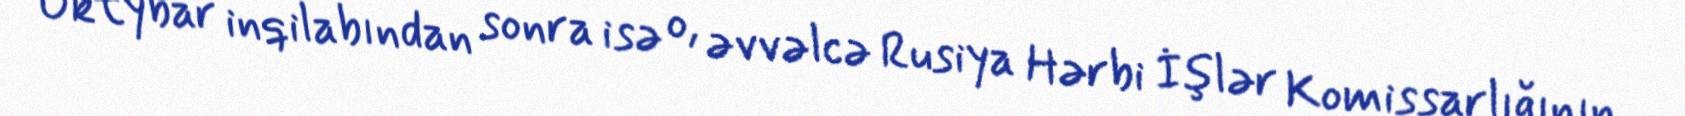
Oktybar inqilabından sonra isə o, əvvəlcə Rusiya Hərbi İşlər Komissarlığının